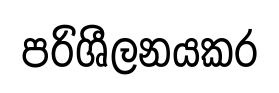
පරිශීලනයකර